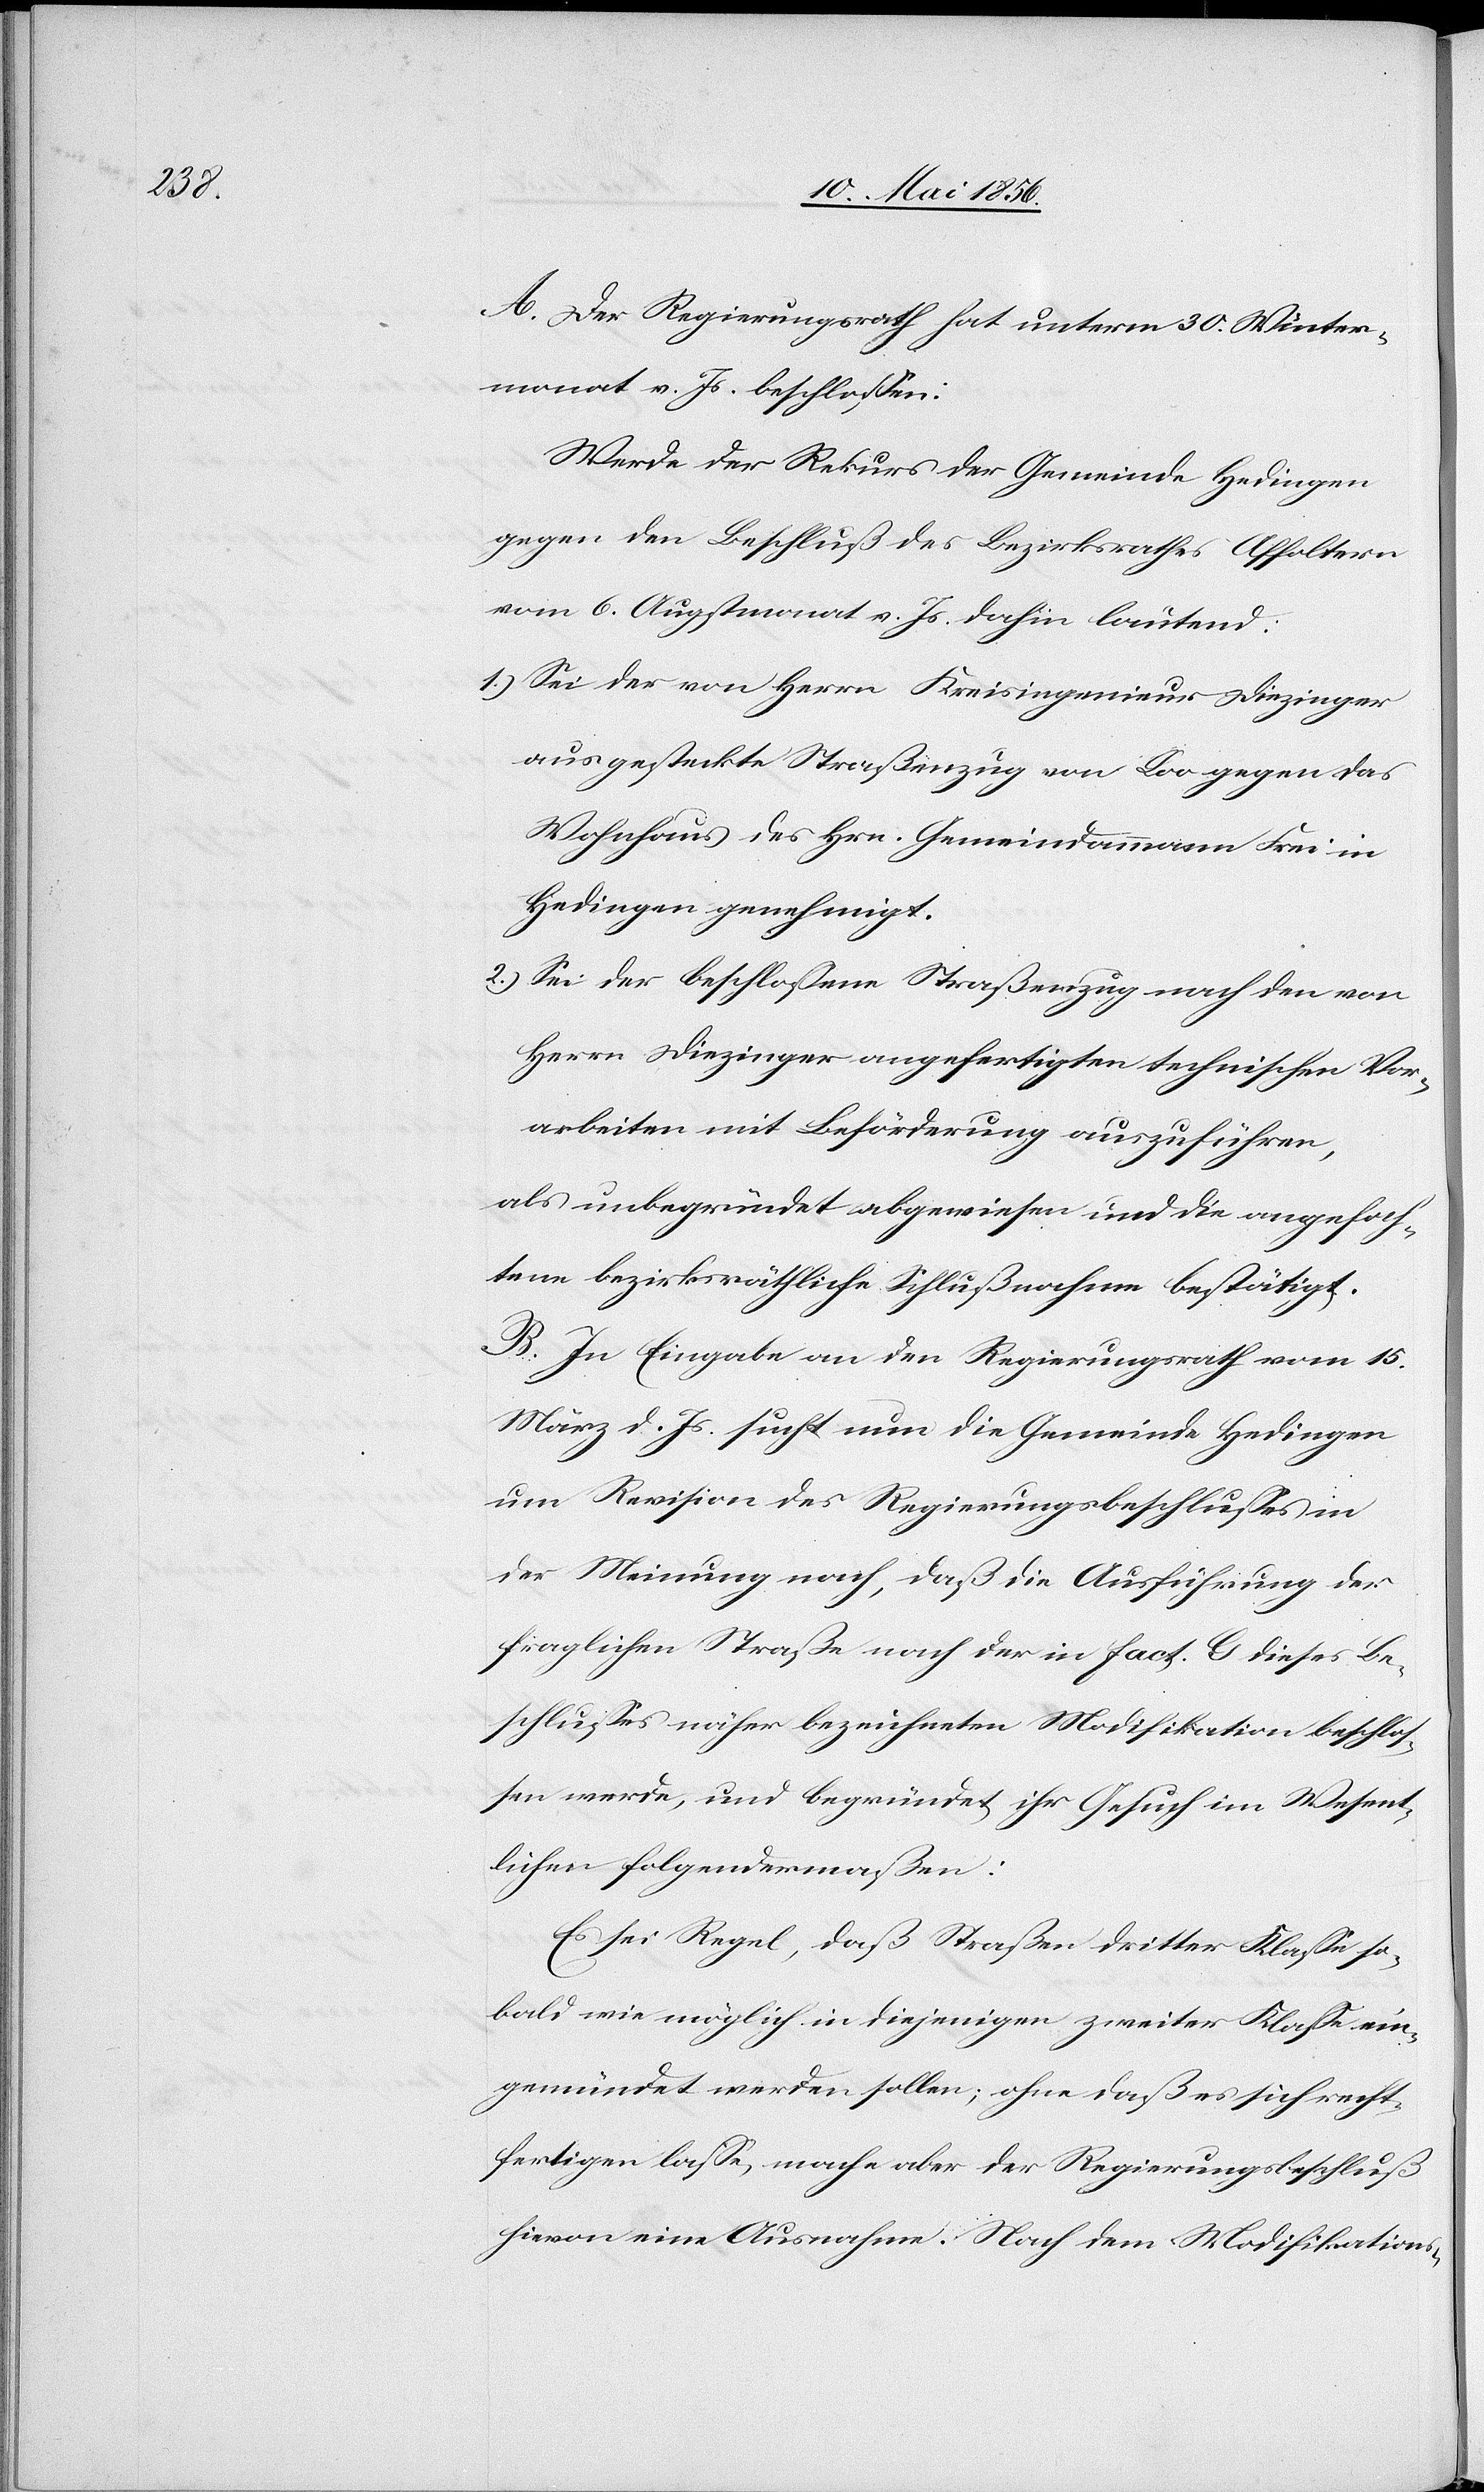
A. Der Regierungsrath hat unterm 30. Winter¬
monat v. Js. beschlossen:
Werde der Rekurs der Gemeinde Hedingen
gegen den Beschluß des Bezirksrathes Affoltern
vom 6. Augstmonat v. Js. dahin lautend:
1.) Sei der von Herrn Kreisingenieur Diezinger
ausgesteckte Straßenzug von Loo gegen das
Wohnhaus des Hrn. Gemeindammann Frei in
Hedingen genehmigt.
2.) Sei der beschlossene Straßenzug nach den von
Herrn Diezinger angefertigten technischen Vor¬
arbeiten mit Beförderung auszuführen,
als unbegründet abgewiesen und die angefoch¬
tene bezirksräthliche Schlußnahme bestätigt.
B. In Eingabe an den Regierungsrath vom 15.
März d. Js. sucht nun die Gemeinde Hedingen
um Revision des Regierungsbeschlusses in
der Meinung nach, das die Ausführung der
fraglichen Straße nach der in fact. G dieses Be¬
schlusses näher bezeichneten Modifikation beschlos¬
sen werde, und begründet ihr Gesuch im Wesent¬
lichen folgendermaßen:
Es sei Regel, daß Straßen dritter Klasse so¬
bald wie möglich in diejenigen zweiter Klasse ein¬
gemündet werden sollen; ohne daß es sich recht¬
fertigen lasse, mache aber der Regierungsbeschluß
hievon eine Ausnahme. Nach dem Modifikations-